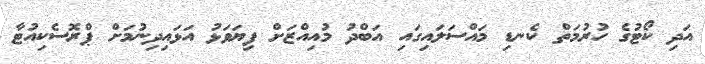
އަދި ކޯޓުގެ ހުރުމަތް ކެނޑި މައްސަލައިގައި އަބްދު މުއިއްޒަށް ފިޔަވަޅު އަޅައިދިނުމަށް ޕްރޮސެކިއުޓާ